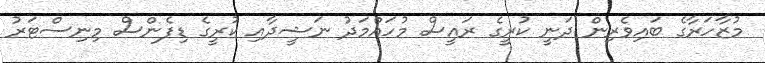
މުޒާހަރާގެ ބައިވެރިން ދަނީ ކުރީގެ ރައީސް މުހައްމަދު ނަޝީދާއި ކުރީގެ ޑިފެންސް މިނިސްޓަރު